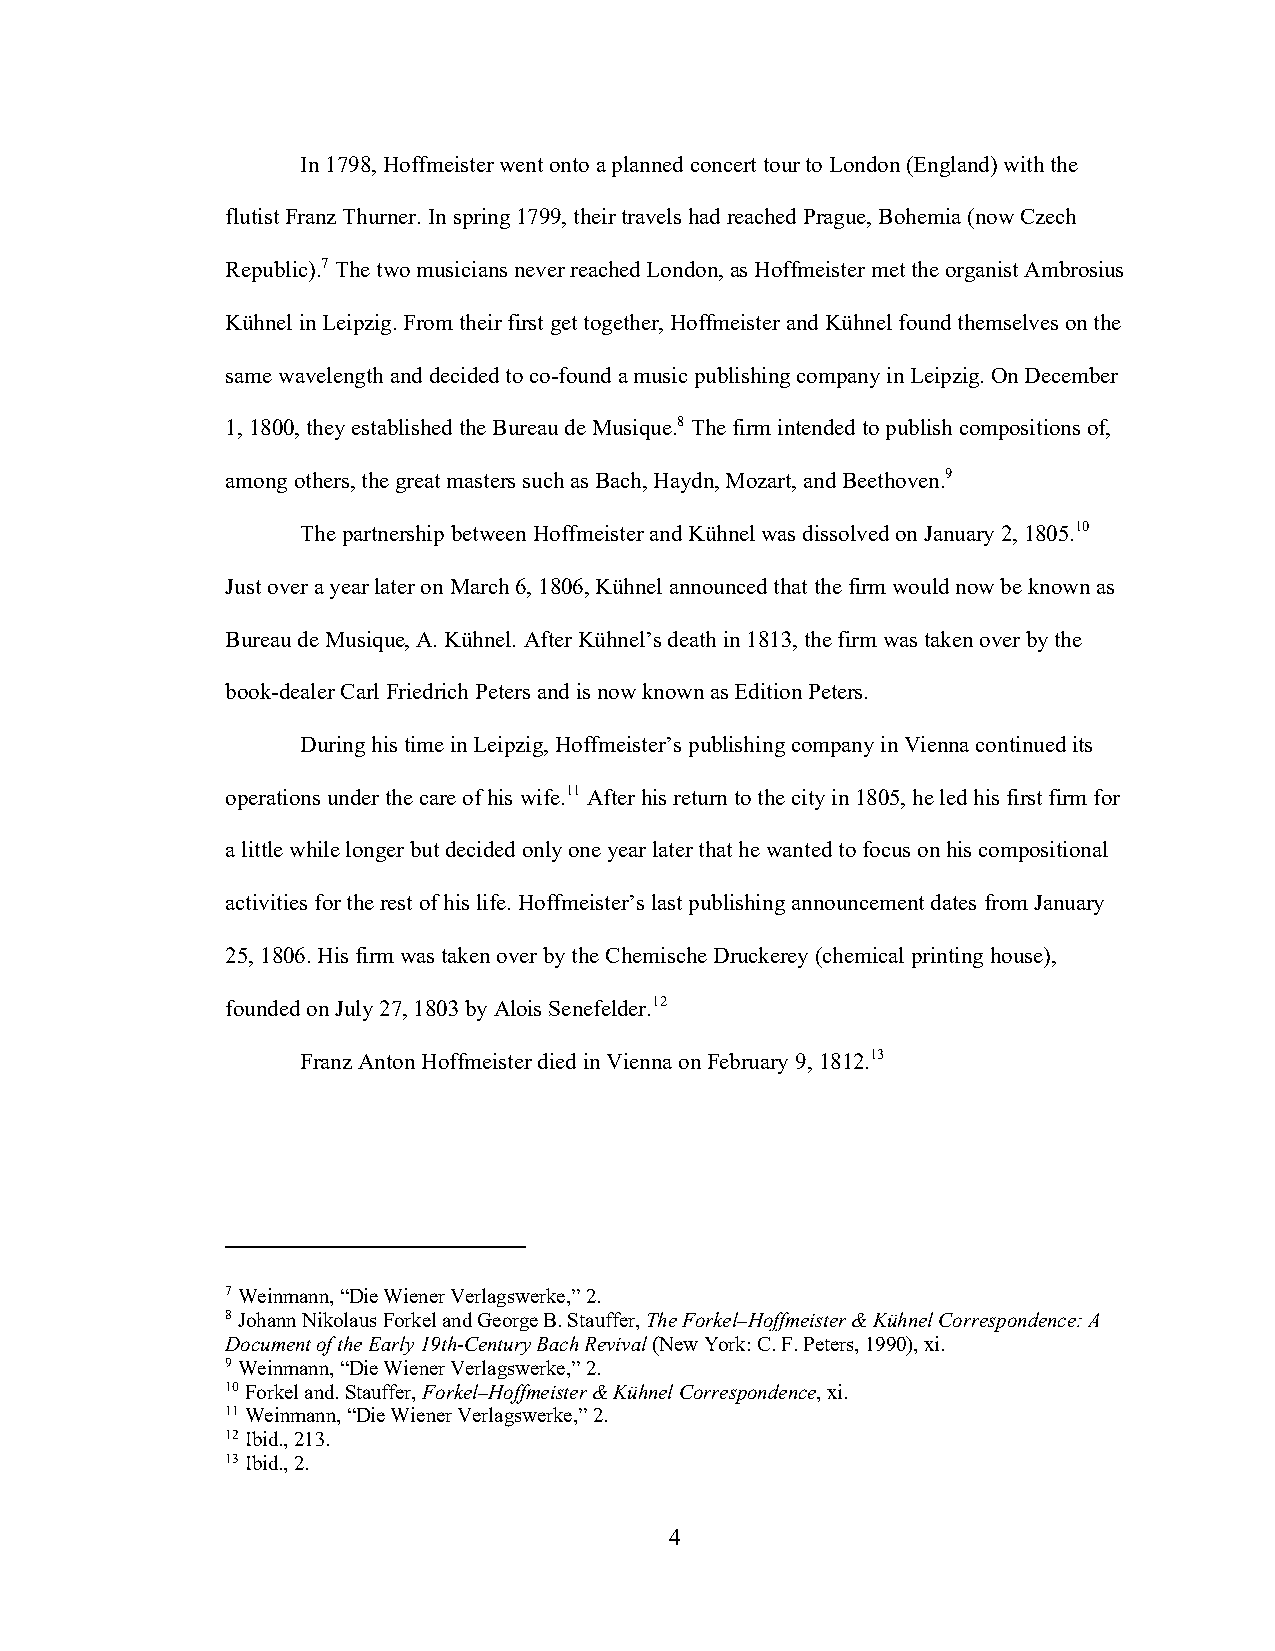
In 1798, Hoffmeister went onto a planned concert tour to London (England) with the
 flutist Franz Thurner. In spring 1799, their travels had reached Prague, Bohemia (now Czech
 Republic).7 The two musicians never reached London, as Hoffmeister met the organist Ambrosius
 Kühnel in Leipzig. From their first get together, Hoffmeister and Kühnel found themselves on the
 same wavelength and decided to co-found a music publishing company in Leipzig. On December
 1, 1800, they established the Bureau de Musique.8 The firm intended to publish compositions of,
 among others, the great masters such as Bach, Haydn, Mozart, and Beethoven.9
 The partnership between Hoffmeister and Kühnel was dissolved on January 2, 1805.10
 Just over a year later on March 6, 1806, Kühnel announced that the firm would now be known as
 Bureau de Musique, A. Kühnel. After Kühnel’s death in 1813, the firm was taken over by the
 book-dealer Carl Friedrich Peters and is now known as Edition Peters.
 During his time in Leipzig, Hoffmeister’s publishing company in Vienna continued its
 operations under the care of his wife.11 After his return to the city in 1805, he led his first firm for
 a little while longer but decided only one year later that he wanted to focus on his compositional
 activities for the rest of his life. Hoffmeister’s last publishing announcement dates from January
 25, 1806. His firm was taken over by the Chemische Druckerey (chemical printing house),
 founded on July 27, 1803 by Alois Senefelder.12
 Franz Anton Hoffmeister died in Vienna on February 9, 1812.13
 7 Weinmann, “Die Wiener Verlagswerke,” 2.
 8 Johann Nikolaus Forkel and George B. Stauffer, The Forkel–Hoffmeister & Kühnel Correspondence: A
 Document of the Early 19th-Century Bach Revival (New York: C. F. Peters, 1990), xi.
 9 Weinmann, “Die Wiener Verlagswerke,” 2.
 10 Forkel and. Stauffer, Forkel–Hoffmeister & Kühnel Correspondence, xi.
 11 Weinmann, “Die Wiener Verlagswerke,” 2.
 12 Ibid., 213.
 13 Ibid., 2.
 4